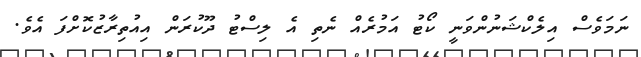
ނަމަވެސް އިލެކްޝަނުންވަނީ ކޯޓު އަމުރެއް ނެތި އެ ލިސްޓު ދޫކުރަން އިއުތިރާޒުކޮށްފަ އެވެ.